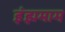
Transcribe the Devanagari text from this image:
इंझमाम